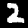
Label: 2